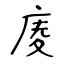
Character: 庱